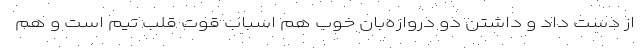
از دست داد و داشتن دو دروازه‌بان خوب هم اسباب قوت قلب تیم است و هم